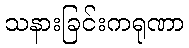
သနားခြင်းကရုဏာ